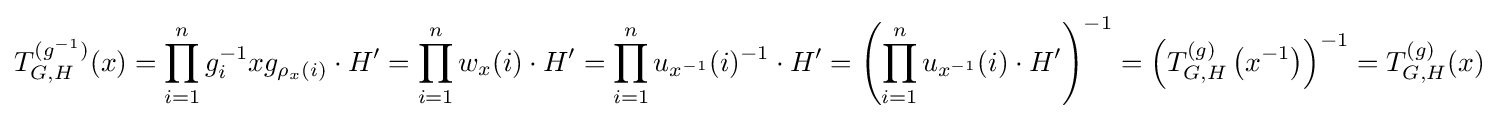
T_{G,H}^{(g^{-1})}(x)=\prod _{i=1}^{n}g_{i}^{-1}xg_{\rho _{x}(i)}\cdot H'=\prod _{i=1}^{n}w_{x}(i)\cdot H'=\prod _{i=1}^{n}u_{x^{-1}}(i)^{-1}\cdot H'=\left(\prod _{i=1}^{n}u_{x^{-1}}(i)\cdot H'\right)^{-1}=\left(T_{G,H}^{(g)}\left(x^{-1}\right)\right)^{-1}=T_{G,H}^{(g)}(x)